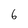
Character: 6